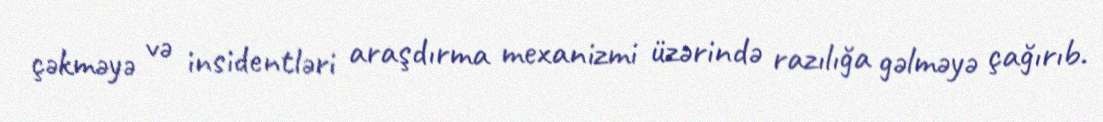
çəkməyə və insidentləri araşdırma mexanizmi üzərində razılığa gəlməyə çağırıb.